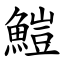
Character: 䱺